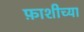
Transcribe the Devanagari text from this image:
फ़ाशीच्या